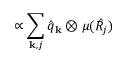
\propto \sum _ { { \bf k } , j } \hat { q } _ { \bf k } \otimes \mu ( \hat { R _ { j } } )